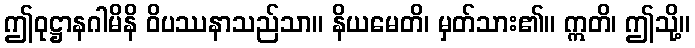
ဤဝုဋ္ဌာနဂါမိနိ ဝိပဿနာသည်သာ။ နိယမေတိ၊ မှတ်သား၏။ ဣတိ၊ ဤသို့။